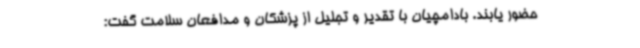
حضور یابند. بادامچیان با تقدیر و تجلیل از پزشکان و مدافعان سلامت گفت: